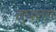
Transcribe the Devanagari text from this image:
तुघलग